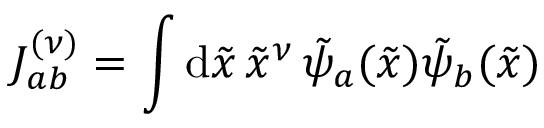
J _ { a b } ^ { ( \nu ) } = \int \mathrm { d } \tilde { x } \, \tilde { x } ^ { \nu } \, \tilde { \psi } _ { a } ( \tilde { x } ) \tilde { \psi } _ { b } ( \tilde { x } )